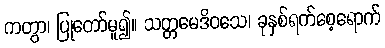
ကတွာ၊ ပြုတော်မူ၍။ သတ္တမေဒိဝသေ၊ ခုနှစ်ရက်စေ့ရောက်